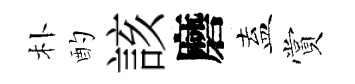
朴酌該磨盍賞